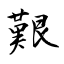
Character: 艱